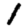
Digit: 1